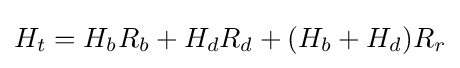
H_{t}=H_{b}R_{b}+H_{d}R_{d}+(H_{b}+H_{d})R_{r}